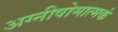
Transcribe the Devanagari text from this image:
अग्नीषोमात्मकं